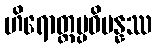
ဟိရောတ္တပ္ပဝိပန္နဿ